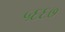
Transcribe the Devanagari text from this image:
५६६७